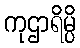
ကုဌာရိမ္ပိ